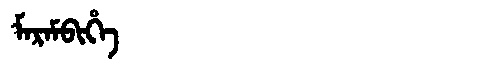
Manchu: ᠮᠠᡵᠠᠮᠪᡳᡥᡝ
Romanization: MARAMBIHE